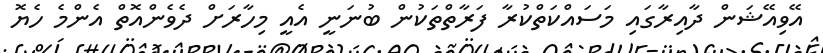
އޭވިއޭޝަން ދާއިރާގައި މަސައްކަތްކުރާ ފަރާތްތަކުން ބުނަނީ އެއީ މިހާރަށް ދެވެންއޮތް އެންމެ ހެޔޮ